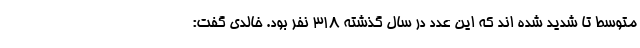
متوسط تا شدید شده اند که این عدد در سال گذشته ۳۱۸ نفر بود. خالدی گفت: